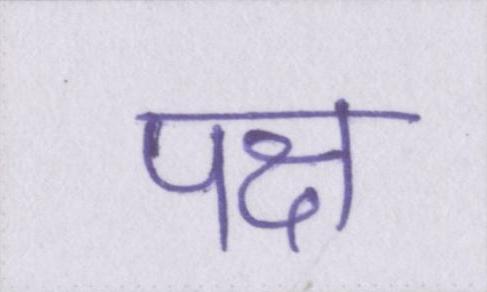
पक्ष